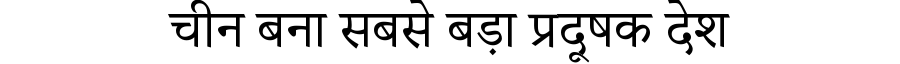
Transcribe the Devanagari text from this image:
चीन बना सबसे बड़ा प्रदूषक देश